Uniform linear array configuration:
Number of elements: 8
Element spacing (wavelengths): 0.5
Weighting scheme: blackman
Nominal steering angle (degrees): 30
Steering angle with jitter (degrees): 28.68
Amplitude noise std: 0.05
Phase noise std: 0.05

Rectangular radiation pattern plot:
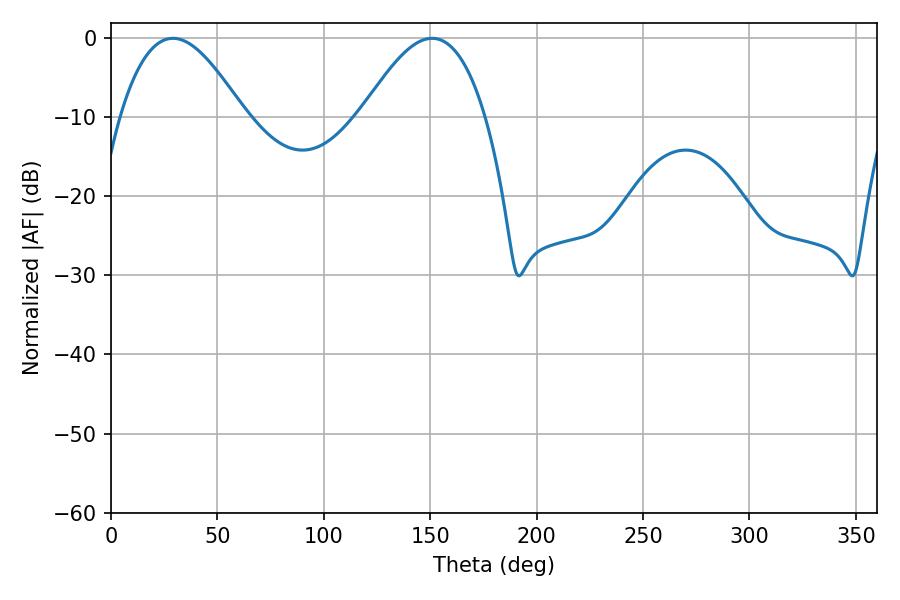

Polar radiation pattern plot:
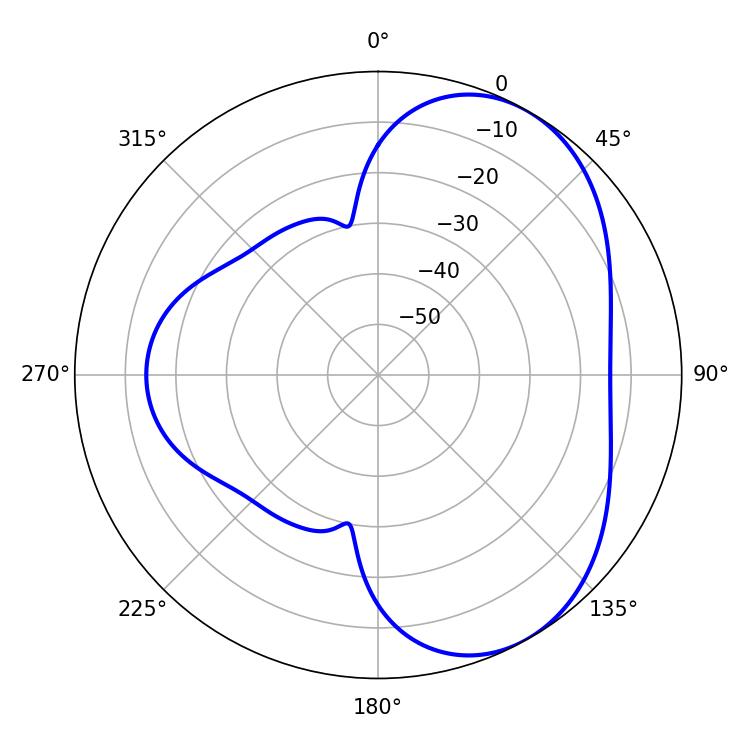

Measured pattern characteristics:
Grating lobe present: FALSE
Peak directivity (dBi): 5.07
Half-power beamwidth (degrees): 31.5
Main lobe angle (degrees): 29.16